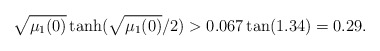
\begin{align*}\sqrt {\mu_1(0)} \tanh (\sqrt{\mu_1(0)}/2)> 0.067 \tan (1.34)=0.29.\end{align*}